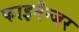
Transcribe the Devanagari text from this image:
फाइनैन्जर